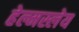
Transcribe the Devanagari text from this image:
हेल्मस्लेय